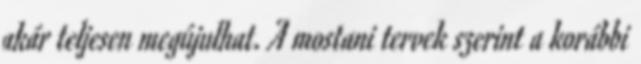
akár teljesen megújulhat. A mostani tervek szerint a korábbi